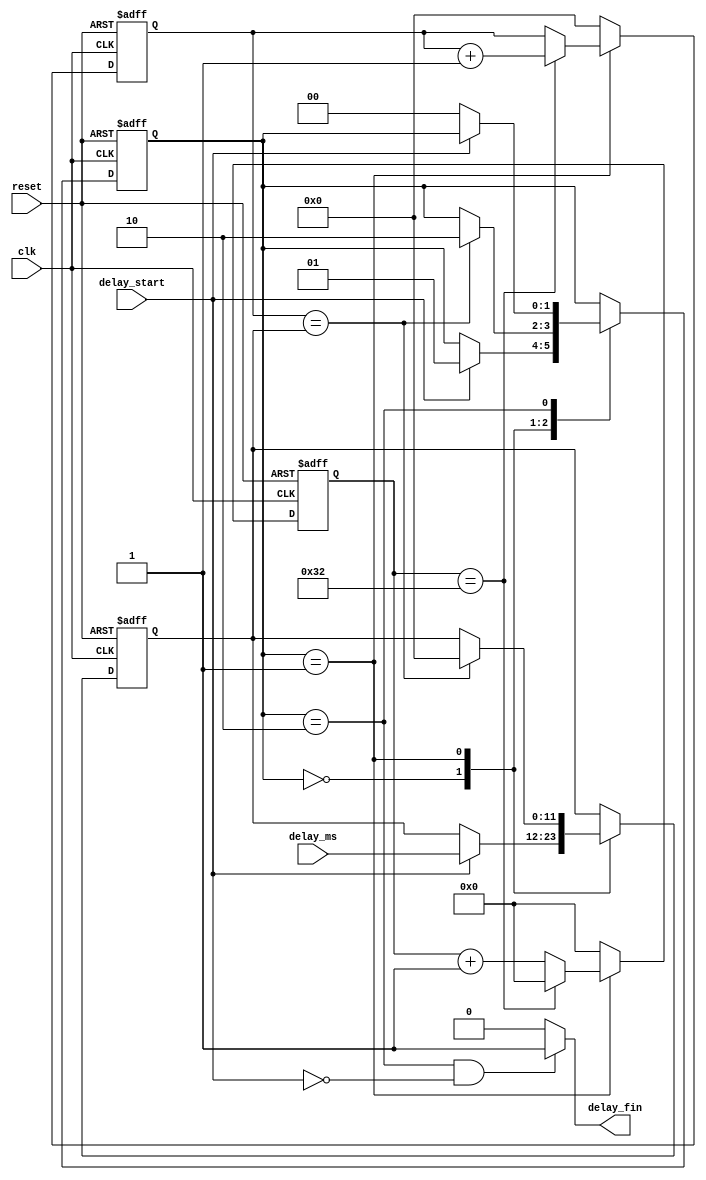
module milisecond_timer #(
    parameter SYS_CLK_KHZ = 50,
    parameter DELAY_W = 12
) (
    input clk,
    input reset,

    input delay_start,
    input [DELAY_W-1:0] delay_ms,
    output delay_fin
);

`define MS_TIMER_SM_W 2

localparam STATE_IDLE = `MS_TIMER_SM_W'h0;
localparam STATE_WAIT = `MS_TIMER_SM_W'h1;
localparam STATE_DONE = `MS_TIMER_SM_W'h2;
localparam SYS_CLK_W = log2(SYS_CLK_KHZ);

reg [`MS_TIMER_SM_W-1:0] timer_state;
reg [DELAY_W-1:0] ms_counter;
reg [DELAY_W-1:0] delay_ms_latched;
reg [SYS_CLK_W-1:0] sys_clk_counter;

assign delay_fin = ( (timer_state==STATE_DONE) && (delay_start==1'b0) ) ? 1'b1 : 1'b0;

always @(posedge clk or posedge reset) begin
    if (reset) begin
        timer_state <= STATE_IDLE;
        delay_ms_latched <= 'b0;
    end else begin
        case (timer_state) 
            STATE_IDLE: begin
                if (delay_start==1'b1) begin
                    timer_state <= STATE_WAIT;
                    delay_ms_latched <= delay_ms;
                end
            end
            STATE_WAIT: begin
                if (ms_counter == delay_ms_latched) begin
                    timer_state <= STATE_DONE;
                    delay_ms_latched <= 'b0;
                end
            end
            STATE_DONE: begin
                if (delay_start==1'b0) begin
                    timer_state <= STATE_IDLE;
                end
            end
        endcase
    end
end

always @(posedge clk or posedge reset) begin
    if (reset) begin
        sys_clk_counter <= 'b0;
        ms_counter <= 'b0;
    end else begin
        if (timer_state==STATE_WAIT) begin
            if (sys_clk_counter == SYS_CLK_KHZ ) begin
                sys_clk_counter <= 'b0;
                ms_counter <= ms_counter + 1;
            end else begin
                sys_clk_counter <= sys_clk_counter + 1;
            end
        end else begin
            sys_clk_counter <= 'b0;
            ms_counter <= 'b0;
        end
    end
end

function [5:0] log2;
    input [31:0] val;
    integer i;
    begin
        for (i=32; i>0; i=i-1) begin
            if (val>(32'b1<<(i-1))) begin
                log2 = i;
                i = 0;
            end else begin
                log2 = 1;
            end
        end
    end
endfunction
endmodule